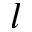
l